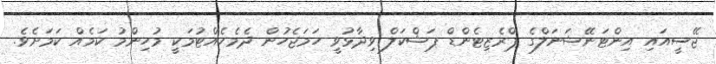
ޖޭސީއައި އިންޓަނޭޝަނަލްގެ ޕްރެޒިޓެންޑް ޕަޝްކަލް ވިދާޅުވީ ހަމަޖެހުން ދެމެހެއްޓުމަކީ މުހިންމު ކަމެއް ކަމަށެވެ.